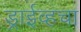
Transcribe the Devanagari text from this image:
ड्राईव्हचा